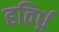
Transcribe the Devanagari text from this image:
हविर्ध्र